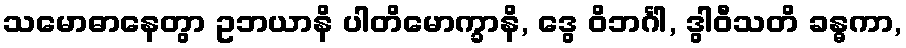
သမောဓာနေတွာ ဥဘယာနိ ပါတိမောက္ခာနိ, ဒွေ ဝိဘင်္ဂါ, ဒွါဝီသတိ ခန္ဓကာ,